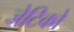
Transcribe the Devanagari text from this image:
जेटिको